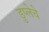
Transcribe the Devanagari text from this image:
डुप्लेचे